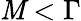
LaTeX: \mathit{M}<\Gamma